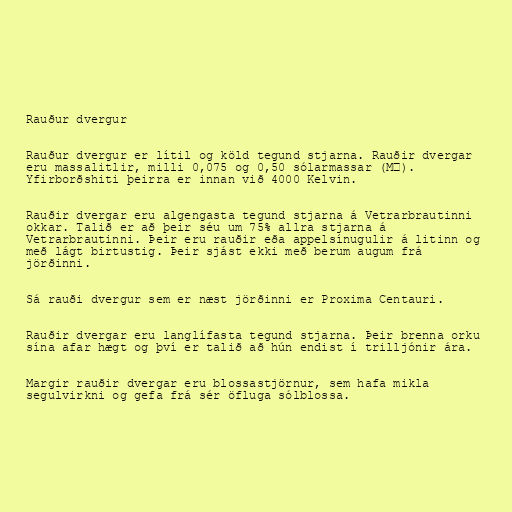
Rauður dvergur

Rauður dvergur er lítil og köld tegund stjarna. Rauðir dvergar
eru massalitlir, milli 0,075 og 0,50 sólarmassar (M☉).
Yfirborðshiti þeirra er innan við 4000 Kelvin.

Rauðir dvergar eru algengasta tegund stjarna á Vetrarbrautinni
okkar. Talið er að þeir séu um 75% allra stjarna á
Vetrarbrautinni. Þeir eru rauðir eða appelsínugulir á litinn og
með lágt birtustig. Þeir sjást ekki með berum augum frá
jörðinni.

Sá rauði dvergur sem er næst jörðinni er Proxima Centauri.

Rauðir dvergar eru langlífasta tegund stjarna. Þeir brenna orku
sína afar hægt og því er talið að hún endist í trilljónir ára.

Margir rauðir dvergar eru blossastjörnur, sem hafa mikla
segulvirkni og gefa frá sér öfluga sólblossa.